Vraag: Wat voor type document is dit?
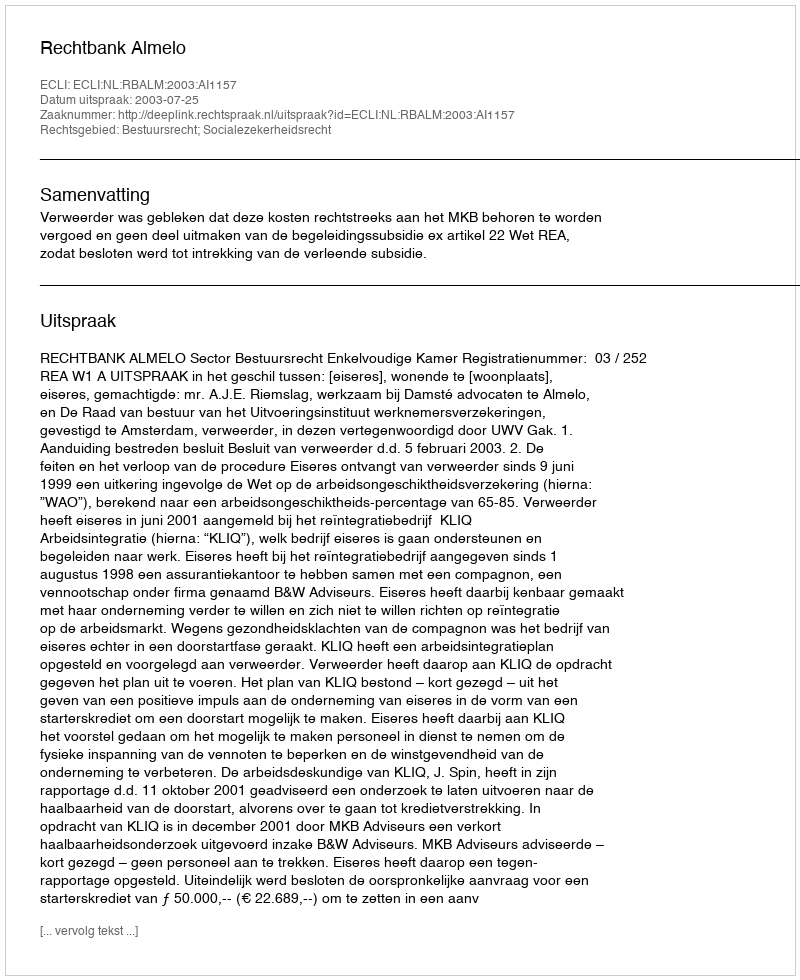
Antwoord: Uitspraak